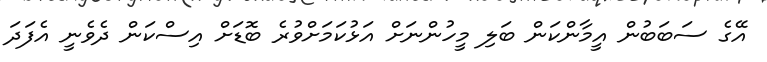
އޭގެ ސަބަބުން އީމާންކަން ބަލި މީހުންނަށް އަޅުކަމަށްވުރެ ބޮޑަށް އިސްކަން ދެވެނީ އެފަދަ